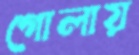
গোলায়